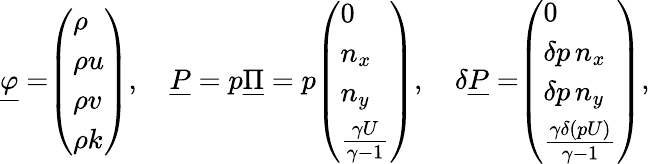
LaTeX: \underline{{\varphi}}=\begin{array}{l}{\left(\begin{array}{l}{\rho}\\ {\rho u}\\ {\rho v}\\ {\rho k}\end{array}\right)}\end{array},\quad\underline{{P}}=p\underline{{\Pi}}=p\begin{array}{l}{\left(\begin{array}{l}{0}\\ {n_{x}}\\ {n_{y}}\\ {\frac{\gamma U}{\gamma-1}}\end{array}\right)}\end{array},\quad\delta\underline{{P}}=\begin{array}{l}{\left(\begin{array}{l}{0}\\ {\delta p\, n_{x}}\\ {\delta p\, n_{y}}\\ {\frac{\gamma\delta(pU)}{\gamma-1}}\end{array}\right)}\end{array},